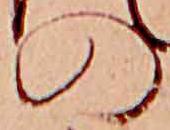
の